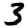
Digit: 3